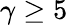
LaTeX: \gamma\geq 5